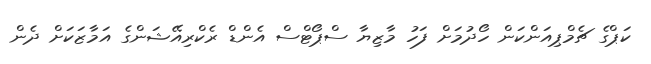
ކަޕްގެ ޗެމްޕިއަންކަން ހޯދުމަށް ފަހު މާޒިޔާ ސްޕޯޓްސް އެންޑް ރެކްރިއޭޝަންގެ އަމާޒަކަށް ދެން